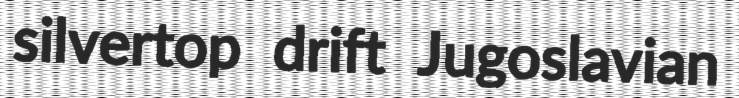
silvertop drift Jugoslavian